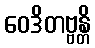
ဝေဒိတဗ္ဗန္တိ